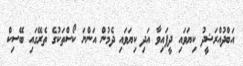
އަބްދުއްރަޝީދު ކިޔަވައި ދީފައިވާ އަދި ކިޔަވައި ދެމުން އަންނަ ކޯސްތަކުގެ ތެރޭގައި ބޭސިކް